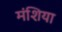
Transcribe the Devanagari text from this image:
मंशिया